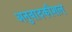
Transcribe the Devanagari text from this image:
अनुवादकौशल